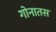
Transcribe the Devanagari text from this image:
गोनातस